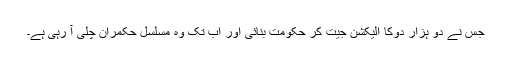
جس نے دو ہزار دوکا الیکشن جیت کر حکومت بنائی اور اب تک وہ مسلسل حکمران چلی آ رہی ہے۔